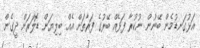
އަޅުގަނޑުމެން ބޭނުން ނުކުރާ ފަޅެއް ބޭރުގެ ފަރާތަށް އެއް ބިލިޔަން ޑޮލަރަށް ދީގެން